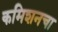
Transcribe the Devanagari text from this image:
कमिशनचा